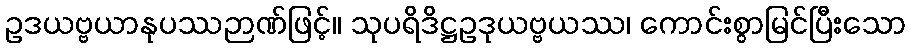
ဥဒယဗ္ဗယာနုပဿဉာဏ်ဖြင့်။ သုပရိဒိဋ္ဌဥဒုယဗ္ဗယဿ၊ ကောင်းစွာမြင်ပြီးသော